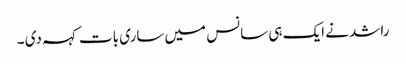
راشد نے ایک ہی سانس میں ساری بات کہہ دی ۔